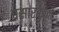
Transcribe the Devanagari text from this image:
प्रसारकाने